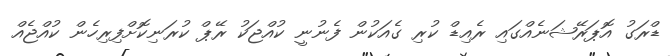
ޑްރަގު އޮޕަރޭޝަނެއްގައި ރެއިޑް ކުރި ގެއަކުން ފެނުނީ ކުއްޖަކު ރޭޕް ކުރަނިކޮށްފިރިހެން ކުއްޖެއް